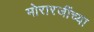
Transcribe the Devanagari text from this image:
मोरारजींच्या